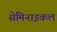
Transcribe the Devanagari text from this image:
सेमिनाइकल